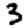
Digit: 3